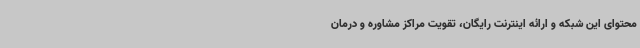
محتوای این شبکه و ارائه اینترنت رایگان، تقویت مراکز مشاوره و درمان